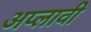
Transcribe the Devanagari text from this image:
अप्लावी